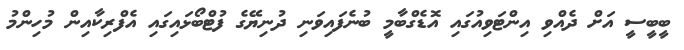
ބީބީސީ އަށް ދެއްވި އިންޓަވިއުގައި އޮޑެގްބާމީ ބުނެފައިވަނި ދުނިޔޭގެ ފުޓްބޯޅައިގައި އެފްރިކާއިން މުހިންމު